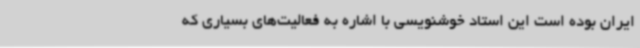
ایران بوده است این استاد خوشنویسی با اشاره به فعالیت‌های بسیاری که